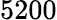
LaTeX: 5200